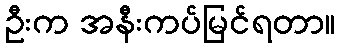
ဦးက အနီးကပ်မြင်ရတာ။